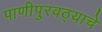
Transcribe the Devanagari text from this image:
पाणीपुरवठ्याचे